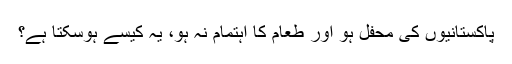
پاکستانیوں کی محفل ہو اور طعام کا اہتمام نہ ہو، یہ کیسے ہوسکتا ہے؟